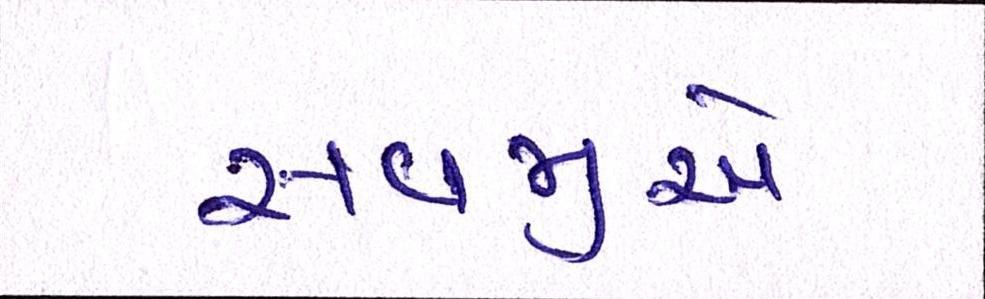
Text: સવજીએ